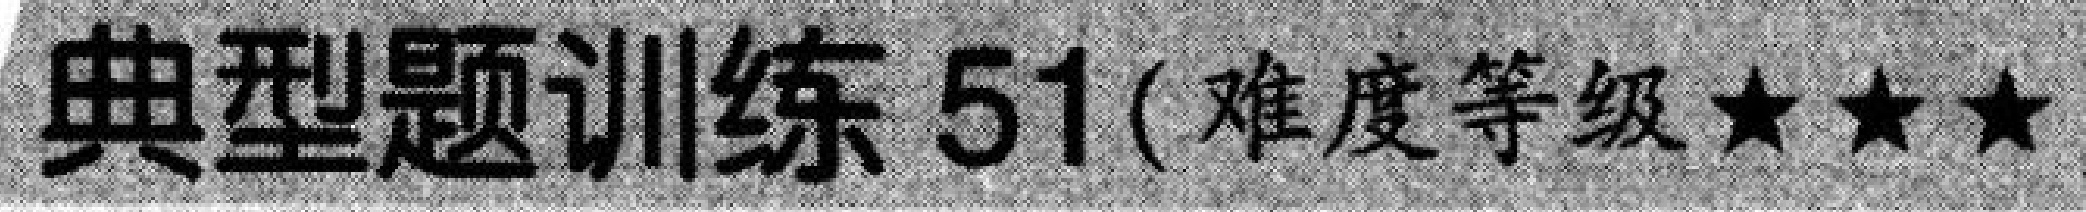
典型题训练 51( 难度等级★★★)